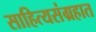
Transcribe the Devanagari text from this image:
साहित्यसंग्रहात